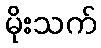
မိုးသက်